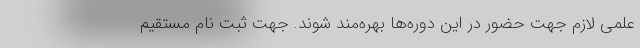
علمی لازم جهت حضور در این دوره‌ها بهره‌مند شوند. جهت ثبت نام مستقیم